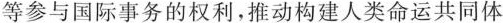
等参与国际事务的权利，推动构建人类命运共同体